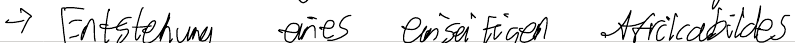
-> Entstehung eines einseitigen Afrikabildes